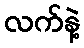
လက်နဲ့